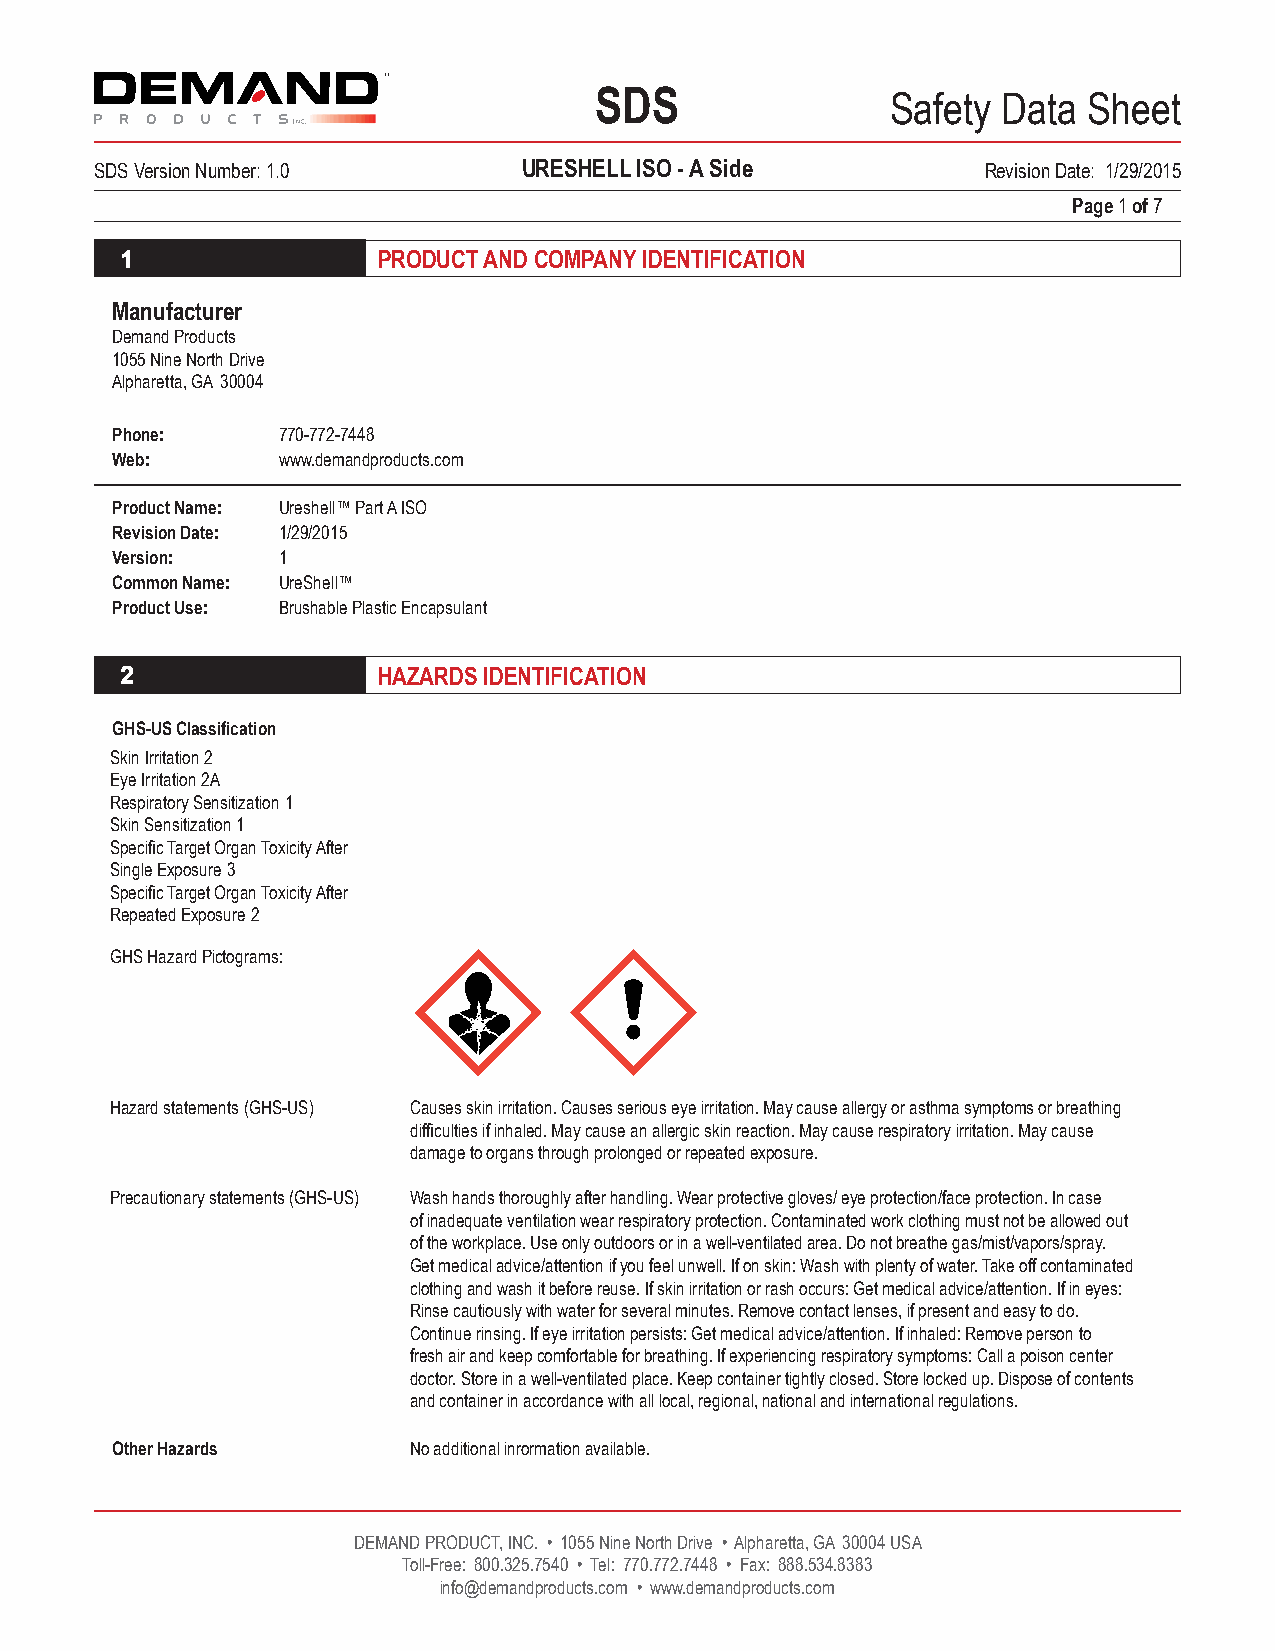
SDS                 Safety Data  Sheet
 SDS Version Number: 1.0      URESHELL ISO - A Side         Revision Date: 1/29/2015
 Page 1 of 7
 1                PRODUCT AND COMPANY IDENTIFICATION
 Manufacturer
 Demand Products
 1055 Nine North Drive
 Alpharetta, GA 30004
 Phone:     770-772-7448
 Web:       www.demandproducts.com
 Product Name: Ureshell™ Part A ISO
 Revision Date: 1/29/2015
 Version:   1
 Common Name: UreShell™
 Product Use: Brushable Plastic Encapsulant
 2                HAZARDS IDENTIFICATION
 GHS-US Classification
 Skin Irritation 2
 Eye Irritation 2A
 Respiratory Sensitization 1
 Skin Sensitization 1
 Specific Target Organ Toxicity After
 Single Exposure 3
 Specific Target Organ Toxicity After
 Repeated Exposure 2
 GHS Hazard Pictograms:
 Hazard statements (GHS-US) Causes skin irritation. Causes serious eye irritation. May cause allergy or asthma symptoms or breathing
 difficulties if inhaled. May cause an allergic skin reaction. May cause respiratory irritation. May cause
 damage to organs through prolonged or repeated exposure.
 Precautionary statements (GHS-US) Wash hands thoroughly after handling. Wear protective gloves/ eye protection/face protection. In case
 of inadequate ventilation wear respiratory protection. Contaminated work clothing must not be allowed out
 of the workplace. Use only outdoors or in a well-ventilated area. Do not breathe gas/mist/vapors/spray.
 Get medical advice/attention if you feel unwell. If on skin: Wash with plenty of water. Take off contaminated
 clothing and wash it before reuse. If skin irritation or rash occurs: Get medical advice/attention. If in eyes:
 Rinse cautiously with water for several minutes. Remove contact lenses, if present and easy to do.
 Continue rinsing. If eye irritation persists: Get medical advice/attention. If inhaled: Remove person to
 fresh air and keep comfortable for breathing. If experiencing respiratory symptoms: Call a poison center
 doctor. Store in a well-ventilated place. Keep container tightly closed. Store locked up. Dispose of contents
 and container in accordance with all local, regional, national and international regulations.
 Other Hazards       No additional inrormation available.
 DEMAND PRODUCT, INC. • 1055 Nine North Drive • Alpharetta, GA 30004 USA
 Toll-Free: 800.325.7540 • Tel: 770.772.7448 • Fax: 888.534.8383
 info@demandproducts.com • www.demandproducts.com